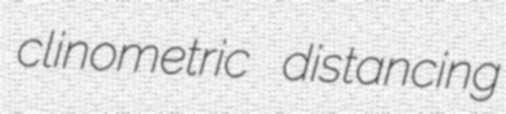
clinometric distancing